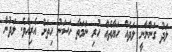
ލަދު ގަންނާނީ ލަދެއް ހަޔާތެއް ހުރި ނަމަތާ ހަސަނު ހިތަށް އެރިއެވެ. ލަދުން